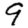
Digit: 9